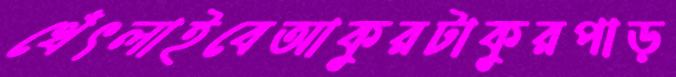
থেঁৎলাইবেআকুরটাকুরপাড়